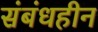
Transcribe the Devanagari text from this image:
संबंधहीन